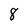
Character: 8